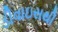
ડીવાઇસથી